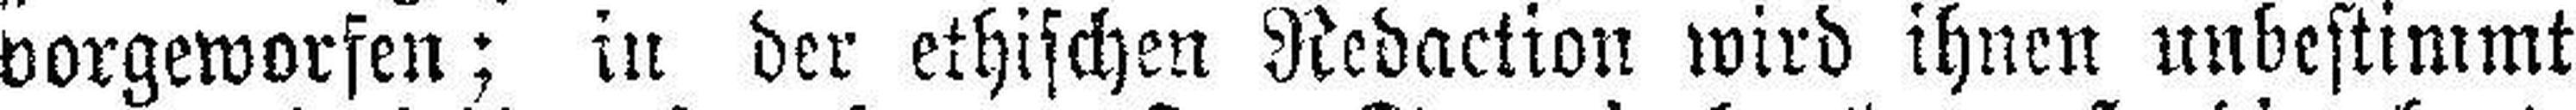
vorgeworfen; in der ethischen Redaction wird ihnen unbestimmt